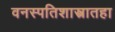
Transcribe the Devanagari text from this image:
वनस्पतिशास्त्रातहा